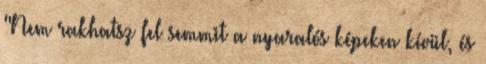
"Nem rakhatsz fel semmit a nyaralós képeken kívül, és